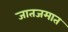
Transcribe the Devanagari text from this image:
जातजमात